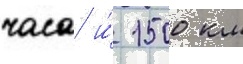
часа и́ 1500 км